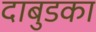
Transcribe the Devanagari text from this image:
दाबुडका